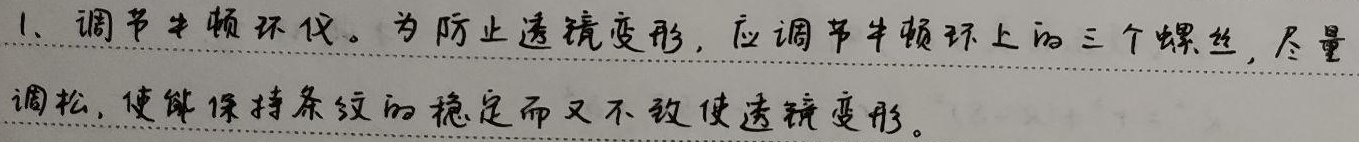
1. 调节牛顿环仪。为防止透镜变形，应调节牛顿环上的三个螺丝，尽量调松，使能保持条纹的稳定而又不致使透镜变形。